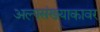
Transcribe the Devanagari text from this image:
अल्पसंख्याकावर